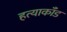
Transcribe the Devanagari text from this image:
हत्याकाँड